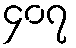
၄၀၇